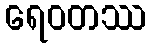
ရေဝတဿ